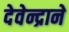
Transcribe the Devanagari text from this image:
देवेन्द्राने